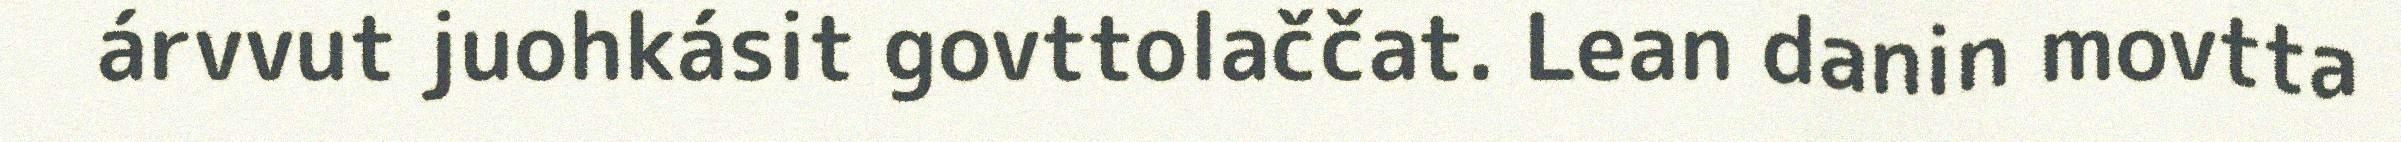
árvvut juohkásit govttolaččat. Lean danin movtta